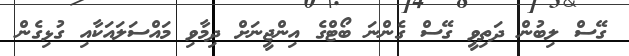
ގޭސް ލިބުން ދަތިވީ ގޭސް ގެންނަ ބޯޓްގެ އިންޖީނަށް ދިމާވި މައްސަލައަކާއި ގުޅިގެން